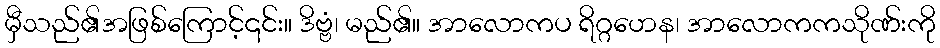
မှီသည်၏အဖြစ်ကြောင့်၎င်း။ ဒိဗ္ဗံ၊ မည်၏။ အာလောကပ ရိဂ္ဂဟေန၊ အာလောကကသိုဏ်းကို